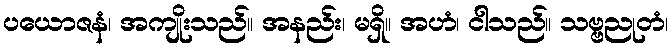
ပယောဇနံ၊ အကျိုးသည်။ အနည်း၊ မရှိ။ အဟံ၊ ငါသည်။ သဗ္ဗညုတံ၊